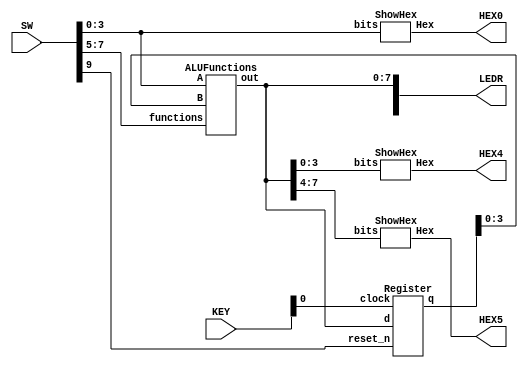
module part2(SW, LEDR, KEY, HEX0, HEX4, HEX5);
	input [9:0] SW;
	input [3:0] KEY;
	output [9:0] LEDR;
	output [6:0] HEX0;
	output [6:0] HEX4;
	output [6:0] HEX5;
	
	wire [7:0] regOut;
	wire [7:0] w;
	
	ALUFunctions alu(.A(SW[3:0]), .B(regOut[3:0]), .functions(SW[7:5]), .out(w[7:0]));
	Register register(.clock(KEY[0]), .reset_n(SW[9]), .d(w[7:0]), .q(regOut[7:0]));
	
	assign LEDR[7:0] = w[7:0];
	
	ShowHex showhex0(SW[3:0], HEX0[6:0]);
	ShowHex showhex4(w[3:0], HEX4[6:0]);
	ShowHex showhex5(w[7:4], HEX5[6:0]);
endmodule

module Register(clock, reset_n, d, q);
	input clock;
	input reset_n;
	input [7:0] d;
	output [7:0] q;
	
	reg [7:0] q;
	always @(posedge clock)
	begin
		if (reset_n == 1'b0)
			q <= 8'b00000000;
		else 
			q <= d;
	end
endmodule

module ALUFunctions(A, B, functions, out);
	input [3:0] A;
	input [3:0] B;
	input [2:0] functions;
	output [7:0] out;
	
	reg [7:0] out;
	wire [4:0] f0;
	wire [4:0] f1;
	
	FourRippleFullAdder frfa0(.A(A), .B(4'b0000), .Cin(1'b1), .Cout(f0[4]), .S(f0[3:0]));
	FourRippleFullAdder frfa1(.A(A), .B(B), .Cin(1'b0), .Cout(f1[4]), .S(f1[3:0]));
	
	always @(*)
	begin
		case (functions)
			3'b000: out = {3'b000, f0};
			3'b001: out = {3'b000, f1};
			3'b010: out = A + B;
			3'b011: out = {A | B, A ^ B};
			3'b100: out = |{A, B};
			3'b101: out = {4'b0000, B << A};
			3'b110: out = {4'b0000, B >> A};
			3'b111: out = A * B;
		endcase
	end
endmodule


module FourRippleFullAdder(A, B, Cin, Cout, S);
	input [3:0] A;
   input	[3:0] B;
	input	Cin;
	output Cout;
	output [3:0] S;
	wire [2:0] w;
	
	FullAdder FA0(.a(A[0]), .b(B[0]), .cin(Cin), .cout(w[0]), .s(S[0]));
	FullAdder FA1(.a(A[1]), .b(B[1]), .cin(w[0]), .cout(w[1]), .s(S[1]));
	FullAdder FA2(.a(A[2]), .b(B[2]), .cin(w[1]), .cout(w[2]), .s(S[2]));
	FullAdder FA3(.a(A[3]), .b(B[3]), .cin(w[2]), .cout(Cout), .s(S[3]));
endmodule


module FullAdder(a, b, cin, cout, s);
	input a, b, cin;
	output cout, s;
	
	assign s = a ^ b ^ cin;
	assign cout = (~(a ^ b) & b) | ((a ^ b) & cin);
endmodule


module ShowHex(bits, Hex);
	input [3:0] bits;
	output [6:0] Hex;

	Zero zero(.a(bits[3]),
			    .b(bits[2]), 
			    .c(bits[1]), 
				 .d(bits[0]),
				 .ret(Hex[0]));
	One one(.a(bits[3]),
			  .b(bits[2]), 
			  .c(bits[1]), 
			  .d(bits[0]),
			  .ret(Hex[1]));
	Two two(.a(bits[3]),
			  .b(bits[2]), 
			  .c(bits[1]), 
			  .d(bits[0]),
			  .ret(Hex[2]));
	Three three(.a(bits[3]),
		         .b(bits[2]), 
					.c(bits[1]), 
					.d(bits[0]),
					.ret(Hex[3]));
	Four four(.a(bits[3]),
				 .b(bits[2]), 
				 .c(bits[1]), 
				 .d(bits[0]),
				 .ret(Hex[4]));
	Five five(.a(bits[3]),
		       .b(bits[2]), 
				 .c(bits[1]), 
				 .d(bits[0]),
		  .ret(Hex[5]));
	Six six(.a(bits[3]),
		     .b(bits[2]), 
		     .c(bits[1]), 
		     .d(bits[0]),
		     .ret(Hex[6]));
endmodule
		 

module Zero(a, b, c, d, ret);
	input a, b, c, d;
	output ret;
	assign ret = ~a & ~b & ~c & d | ~a & b & ~c & ~d | a & ~b & c & d | a & b & ~c & d;
endmodule


module One(a, b, c, d, ret);
	input a, b, c, d;
	output ret;
	assign ret = ~a & b & ~c & d | a & b & ~c & ~d | a & c & d | b & c & ~d;
endmodule


module Two(a, b, c, d, ret);
	input a, b, c, d;
	output ret;
	assign ret = a & b & ~c & ~d | ~a & ~b & c & ~d | a & b & c;
endmodule


module Three(a, b, c, d, ret);
	input a, b, c, d;
	output ret;
	assign ret = ~a & b & ~c & ~d | ~b & ~c & d | b & c & d | a & ~b & c & ~d;
endmodule


module Four(a, b, c, d, ret);
	input a, b, c, d;
	output ret;
	assign ret = ~a & b & ~c | ~a & c & d | ~b & ~c & d;
endmodule


module Five(a, b, c, d, ret);
	input a, b, c, d;
	output ret;
	assign ret = ~a & ~b & ~c & d | a & b & ~c & d | ~a & ~b & c & ~d | ~a & c & d;
endmodule


module Six(a, b, c, d, ret);
	input a, b, c, d;
	output ret;
	assign ret = ~a & b & c & d | a & b & ~c & ~d | ~a & ~b & ~c;
endmodule